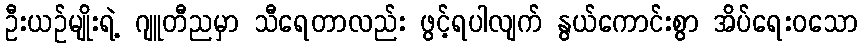
ဦးယဉ်မျိုးရဲ့ ဂျူတီညမှာ သီရေတာလည်း ဖွင့်ရပါလျက် နွယ်ကောင်းစွာ အိပ်ရေးဝသော